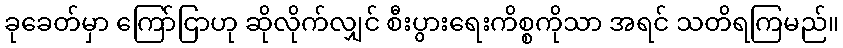
ခုခေတ်မှာ ကြော်ငြာဟု ဆိုလိုက်လျှင် စီးပွားရေးကိစ္စကိုသာ အရင် သတိရကြမည်။